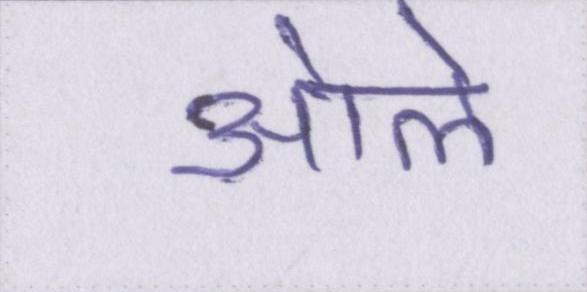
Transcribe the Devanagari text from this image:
ओले